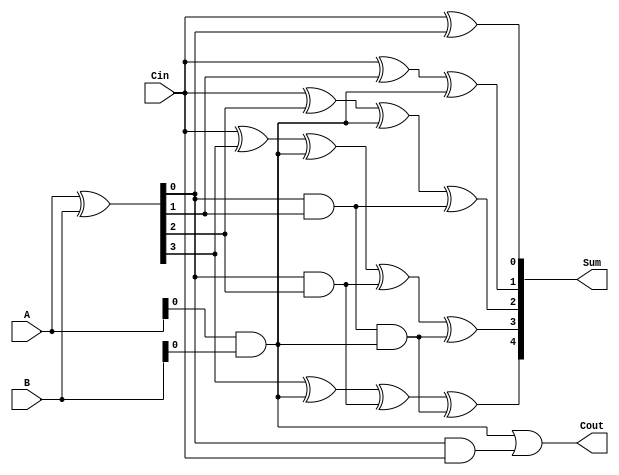
module CLA_Adder (
    input [3:0] A, // 4-bit input A
    input [3:0] B, // 4-bit input B
    input Cin, // Carry-in input
    output [4:0] Sum, // 5-bit output sum
    output Cout // Carry-out output
);

wire [3:0] XOR_out;
wire [3:0] AND_out;
wire G, P;

// XOR gates for bitwise addition
assign XOR_out = A ^ B;

// AND gates for carry computation
assign AND_out = A & B;

// Generate P (propagate) and G (generate) signals
assign P = XOR_out;
assign G = AND_out;

// Carry Lookahead Logic
assign Sum[0] = Cin ^ XOR_out[0];
assign Cout = G | (P & Cin);
assign Sum[1] = Cin ^ XOR_out[1] ^ G;
assign Sum[2] = Cin ^ XOR_out[2] ^ G ^ (P & XOR_out[1]);
assign Sum[3] = Cin ^ XOR_out[3] ^ G ^ (P & XOR_out[2]) ^ (P & XOR_out[1] & G);
assign Sum[4] = XOR_out[3] ^ G ^ (P & XOR_out[2]) ^ (P & XOR_out[1] & G);

endmodule